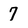
Character: 7